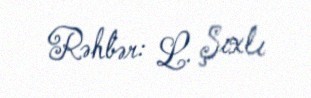
Rəhbər: L. Şıxlı